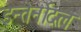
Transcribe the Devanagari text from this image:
इन्तेर्नोदल